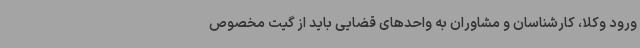
ورود وکلا، کارشناسان و مشاوران به واحدهای قضایی باید از گیت مخصوص